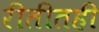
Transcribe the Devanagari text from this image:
रीतीतही